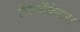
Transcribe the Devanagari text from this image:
टेक्नॉक्रॅटस